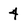
Character: 4